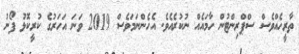
ތާރީހެއްވެސް ސްޕްރިންޓުން ހާމައެއް ނުކުރެއެވެ. އެހެންނަމަވެސް 2019 ވަނަ އަހަރުގެ ކުރީކޮޅު ފޯނު